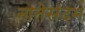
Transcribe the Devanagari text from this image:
नातेसंदर्भ